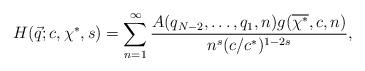
LaTeX: \begin{align*}H(\vec{q}; c, \chi^*, s)= \sum_{n=1}^\infty \frac{A(q_{N-2}, \ldots, q_{1}, n) g(\overline{\chi^*},c,n)}{n^s (c/c^*)^{1-2s}},\end{align*}